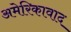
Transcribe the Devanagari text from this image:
अमेरिकावाद